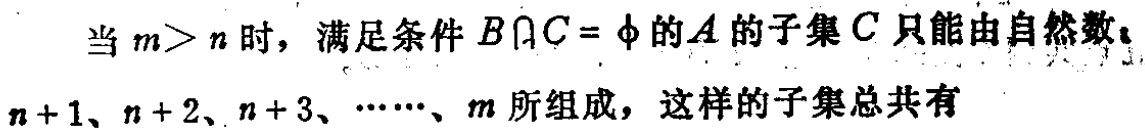
当 \(m > n\) 时，满足条件 \(B\cap C = \varnothing\) 的 \(A\) 的子集 \(C\) 只能由自然数\(n + 1、n + 2、n + 3、\cdots\cdots、m\) 所组成，这样的子集总共有